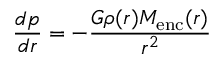
{ \frac { d p } { d r } } = - { \frac { G \rho ( r ) M _ { \mathrm { e n c } } ( r ) } { r ^ { 2 } } }